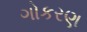
ગોકરણ